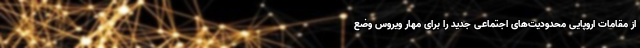
از مقامات اروپایی محدودیت‌های اجتماعی جدید را برای مهار ویروس وضع